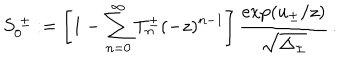
S _ { 0 } ^ { \ \pm } : = \left[ 1 - \sum _ { n = 0 } ^ { \infty } T _ { n } ^ { \pm } ( - z ) ^ { n - 1 } \right] { \frac { \exp ( u _ { \pm } / z ) } { \sqrt { \Delta _ { \pm } } } } \, .